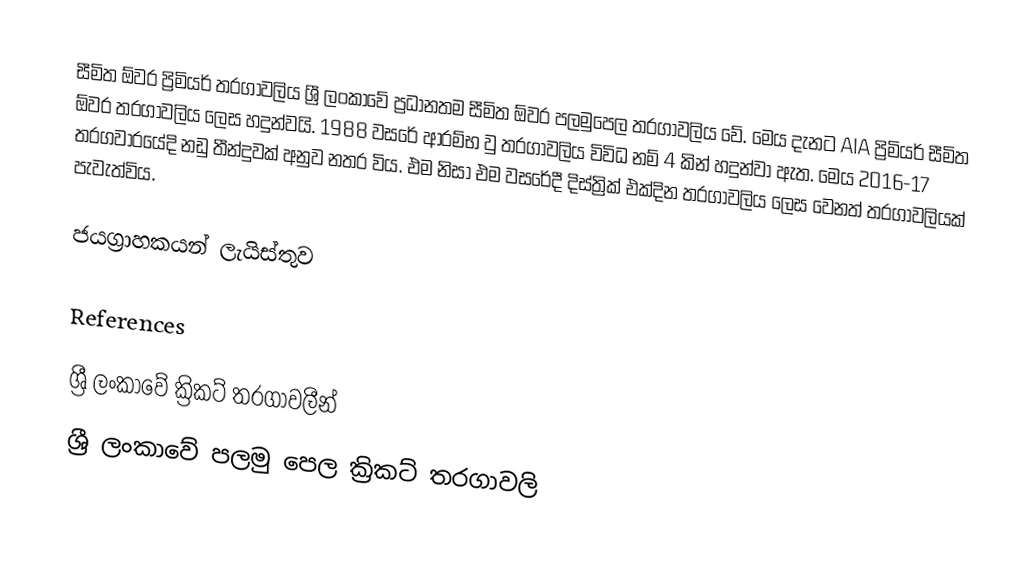
සීමිත ඕවර ප්‍රිමියර් තරගාවලිය ශ්‍රී ලංකාවේ ප්‍රධානතම සීමිත ඕවර පලමුපෙල තරගාවලිය වේ. මෙය දැනට AIA ප්‍රිමියර් සීමිත ඕවර තරගාවලිය ලෙස හදුන්වයි. 1988 වසරේ ආරම්භ වු තරගාවලිය විවිධ නම් 4 කින් හදුන්වා ඇත.  මෙය 2016-17 තරගවාරයේදි නඩු තීන්දුවක් අනුව නතර විය. එම නිසා එම වසරේදී දිස්ත්‍රික් එක්දින තරගාවලිය ලෙස වෙනත් තරගාවලියක් පැවැත්විය.

ජයග්‍රාහකයන් ලැයිස්තුව

References

ශ්‍රී ලංකාවේ ක්‍රිකට් තරගාවලීන්
ශ්‍රී ලංකාවේ පලමු පෙල ක්‍රිකට් තරගාවලි